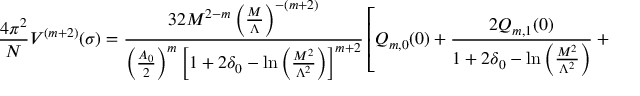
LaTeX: \frac { 4 \pi ^ { 2 } } { N } V ^ { ( m + 2 ) } ( \sigma ) = \frac { 3 2 M ^ { 2 - m } \left( \frac { M } { \Lambda } \right) ^ { - ( m + 2 ) } } { \left( \frac { A _ { 0 } } { 2 } \right) ^ { m } \left[ 1 + 2 \delta _ { 0 } - \ln \left( \frac { M ^ { 2 } } { \Lambda ^ { 2 } } \right) \right] ^ { m + 2 } } \left[ Q _ { m , 0 } ( 0 ) + \frac { 2 Q _ { m , 1 } ( 0 ) } { 1 + 2 \delta _ { 0 } - \ln \left( \frac { M ^ { 2 } } { \Lambda ^ { 2 } } \right) } + \cdots \right] ,